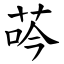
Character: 荶